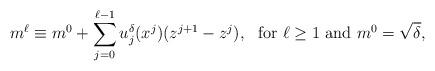
LaTeX: \begin{align*} m^{\ell} \equiv m^0 + \sum_{j=0}^{\ell-1} u_j^{\delta}(x^{j})(z^{j+1}-z^{j}),~~\mbox{for}~\ell \ge 1~ \mbox{and}~m^{0} = \sqrt{\delta}, \end{align*}